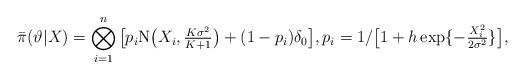
LaTeX: \begin{align*}\bar{\pi}(\vartheta|X) =\bigotimes_{i=1}^n \big[p_i\mathrm{N}\big(X_i, \tfrac{K \sigma^2}{K+1}\big) +(1-p_i) \delta_0\big], p_i= 1/\big[1+h\exp\{-\tfrac{X_i^2}{2\sigma^2}\}\big],\end{align*}